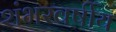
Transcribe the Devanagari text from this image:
शंभरवर्षीय